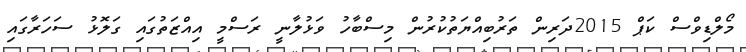
މޯލްޑިވްސް ކަޕް 2015ދަރިން ތަރުބިއްޔަތުކުރުން މިސްބާހު ވަޅުލާނީ ރަސްމީ އިއްޒަތުގައި ގަލޮޅު ސަހަރާގައި